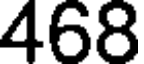
468